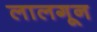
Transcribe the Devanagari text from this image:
लालगून